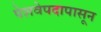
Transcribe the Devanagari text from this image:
पेशवेपदापासून